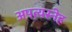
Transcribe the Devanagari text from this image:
अपत्यस्नेह